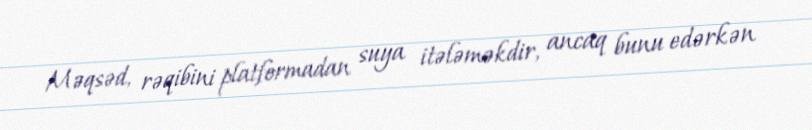
Məqsəd, rəqibini platformadan suya itələməkdir, ancaq bunu edərkən